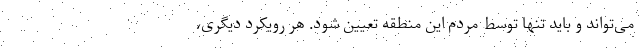
می‌تواند و باید تنها توسط مردم این منطقه تعیین شود. هر رویکرد دیگری،